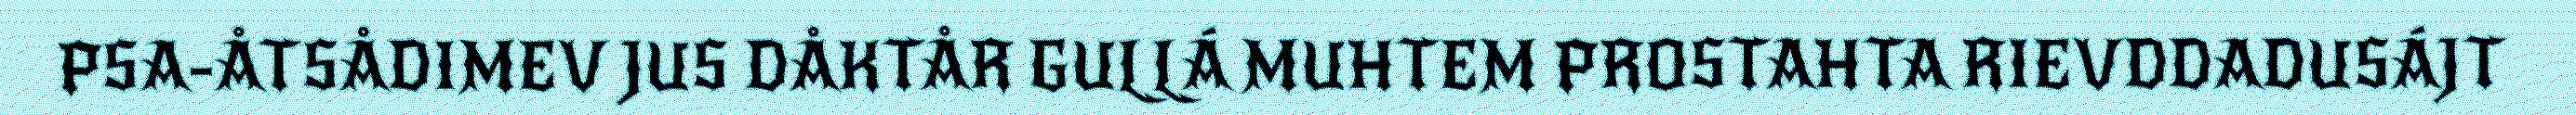
PSA-ÅTSÅDIMEV JUS DÅKTÅR GULLÁ MUHTEM PROSTAHTA RIEVDDADUSÁJT